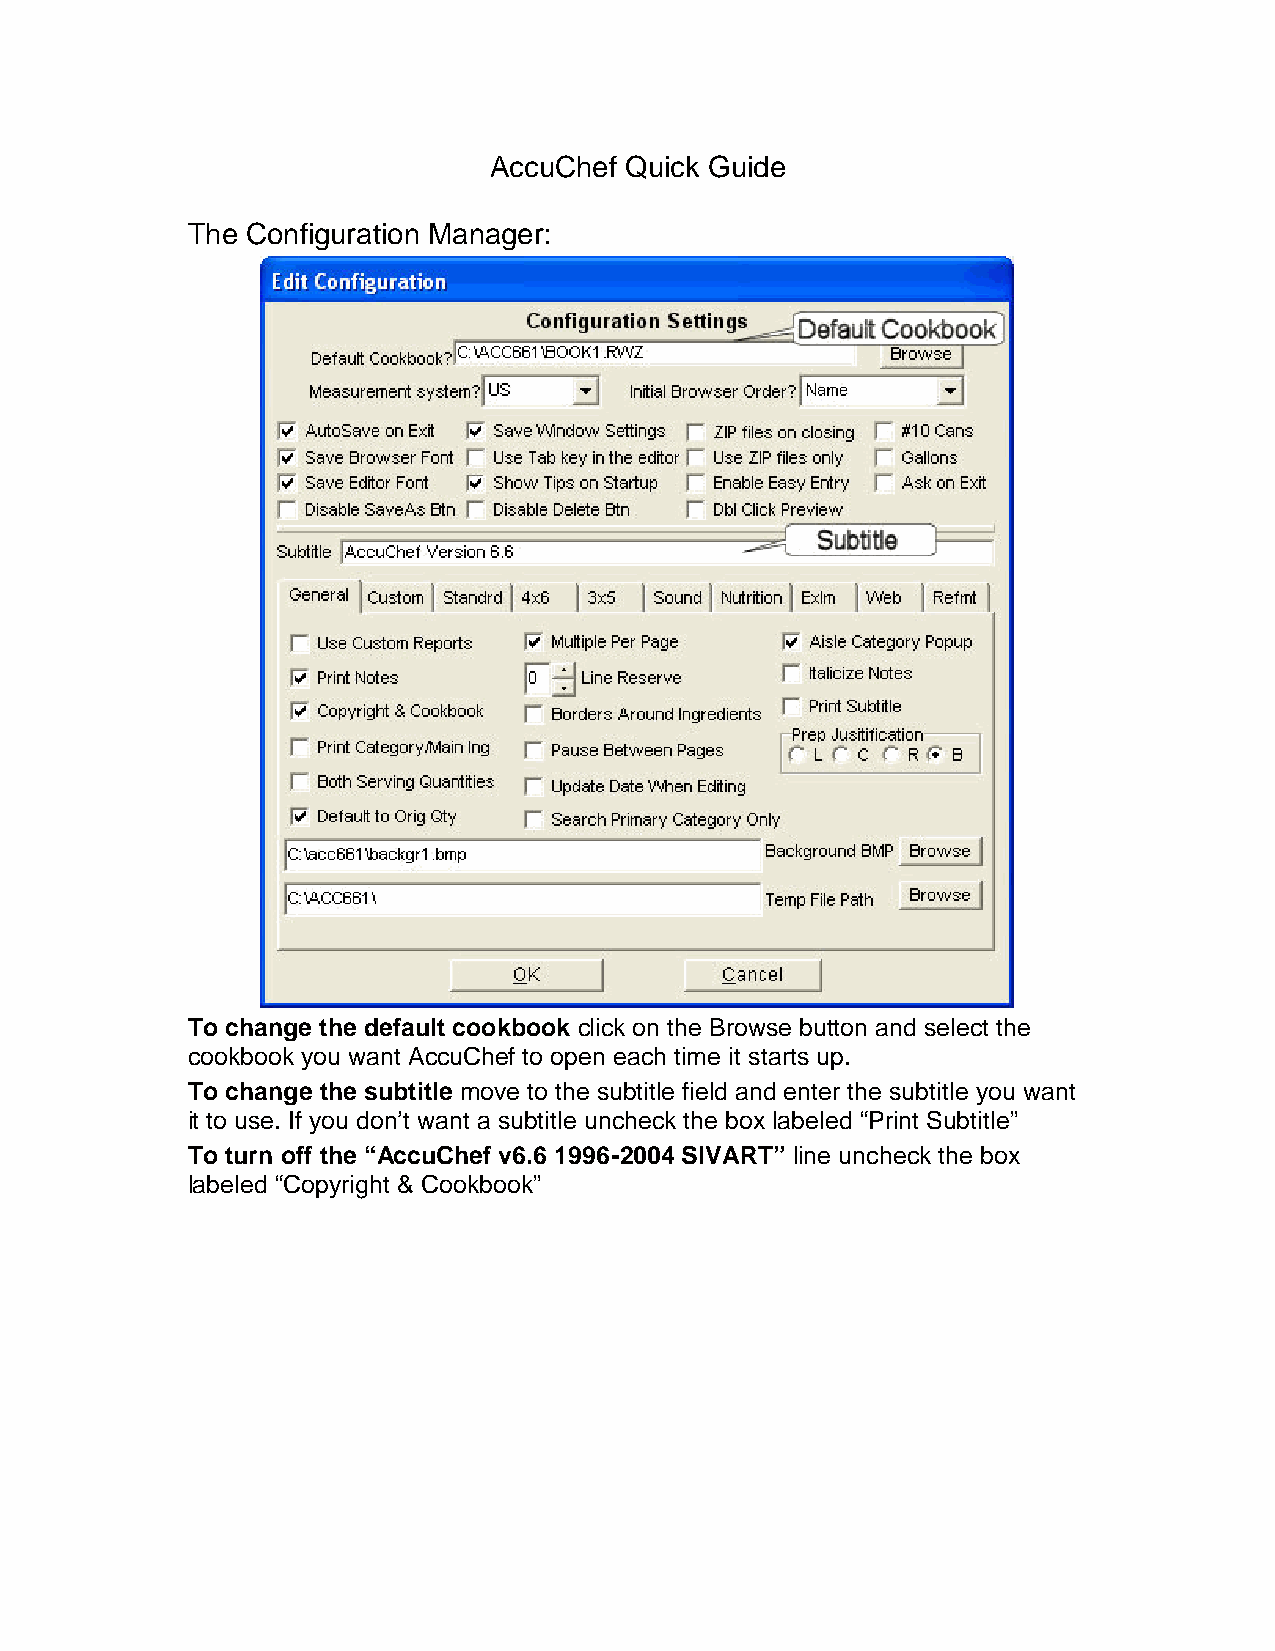
AccuChef Quick Guide
 The Configuration Manager:
 To change the default cookbook click on the Browse button and select the
 cookbook you want AccuChef to open each time it starts up.
 To change the subtitle move to the subtitle field and enter the subtitle you want
 it to use. If you don’t want a subtitle uncheck the box labeled “Print Subtitle”
 To turn off the “AccuChef v6.6 1996-2004 SIVART” line uncheck the box
 labeled “Copyright & Cookbook”